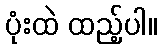
ပုံးထဲ ထည့်ပါ။